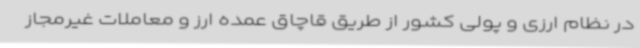
در نظام ارزی و پولی کشور از طریق قاچاق عمده ارز و معاملات غیرمجاز